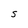
Character: S